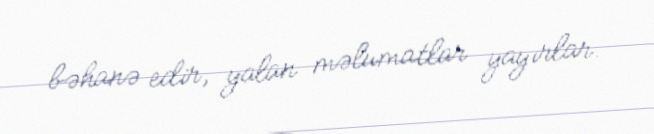
bəhanə edir, yalan məlumatlar yayırlar.